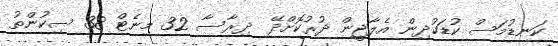
ކަނޑުމަސް ކުޑަކުދިން އެލާޖީން ދުރުކޮށްދޭ  ދިރާސާ 32 މިނެޓް 38 ސިކުންތު